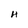
Character: H